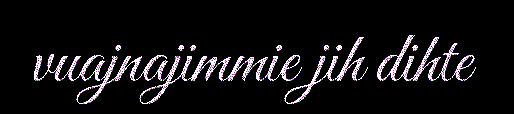
vuajnajimmie jih dihte